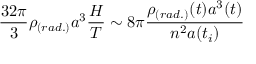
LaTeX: \frac { 3 2 \pi } { 3 } \rho _ { ( r a d . ) } a ^ { 3 } \frac { { \cal H } } { { \cal T } } \sim 8 \pi \frac { \rho _ { ( r a d . ) } ( t ) a ^ { 3 } ( t ) } { n ^ { 2 } a ( t _ { i } ) }